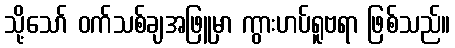
သို့သော် ဝက်သစ်ချအဖြူမှာ ကွားဟပ်ရူဗရာ ဖြစ်သည်။